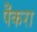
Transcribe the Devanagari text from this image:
पेँकरा